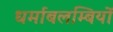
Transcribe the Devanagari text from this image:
धर्माबलम्बियों